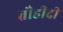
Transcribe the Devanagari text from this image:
तौहीदी